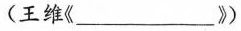
(王维《____》)